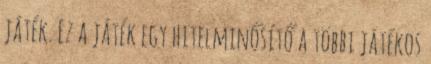
játék. Ez a játék egy hitelminősítő a többi játékos